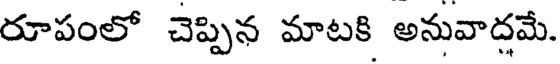
రూపంలో చెప్పిన మాటకి అనువాదమే.